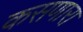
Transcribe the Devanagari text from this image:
कसणारा